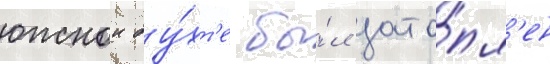
южнои бу́хт'е бы́л зато́пл'ен